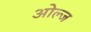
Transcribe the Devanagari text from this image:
ओल्ज